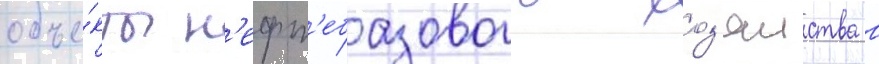
объе́кты н'ефт'ебазового хоз'яиства в